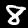
Label: 8